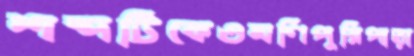
শব্দটিকেওমণিপুরিপাড়া